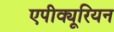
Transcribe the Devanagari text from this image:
एपीक्यूरियन